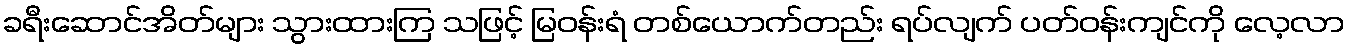
ခရီးဆောင်အိတ်များ သွားထားကြ သဖြင့် မြဝန်းရံ တစ်ယောက်တည်း ရပ်လျက် ပတ်ဝန်းကျင်ကို လေ့လာ